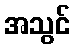
အသွင်